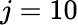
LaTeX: j=10